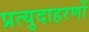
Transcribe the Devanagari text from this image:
प्रत्युदाहरणों